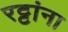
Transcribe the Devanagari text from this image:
रट्टांना